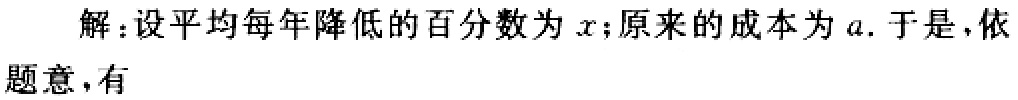
解：设平均每年降低的百分数为\(x\)；原来的成本为\(a\). 于是，依题意，有